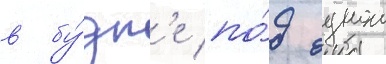
в бу́дк'е по́д однои